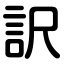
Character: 訳